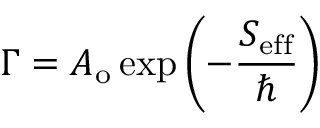
\Gamma = A _ { \mathrm { o } } \exp \left( - { \frac { S _ { \mathrm { e f f } } } { \hbar } } \right)